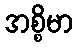
အစ္စိမာ